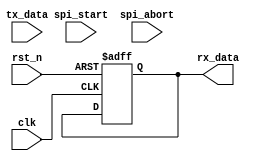
module spi_master (
    input wire clk,
    input wire rst_n,
    input wire spi_start,
    input wire spi_abort,
    input wire [7:0] tx_data,
    output reg [7:0] rx_data
);

// State definitions
parameter IDLE = 2'b00;
parameter TRANSMIT = 2'b01;
parameter RECEIVE = 2'b10;
reg [1:0] state = IDLE;

// Data buffering
reg [7:0] tx_buffer = 8'b0;
reg [7:0] rx_buffer = 8'b0;

// Control signals
reg spi_busy = 1'b0;

always @(posedge clk or negedge rst_n) begin
    if (~rst_n) begin
        state <= IDLE;
        spi_busy <= 1'b0;
        tx_buffer <= 8'b0;
        rx_buffer <= 8'b0;
        rx_data <= 8'b0;
    end else begin
        case (state)
            IDLE: begin
                if (spi_start) begin
                    state <= TRANSMIT;
                    tx_buffer <= tx_data;
                    spi_busy <= 1'b1;
                end
            end
            TRANSMIT: begin
                if (spi_abort) begin
                    state <= IDLE;
                    spi_busy <= 1'b0;
                end else begin
                    // Transmit data here
                    state <= RECEIVE;
                end
            end
            RECEIVE: begin
                // Receive data here
                state <= IDLE;
                spi_busy <= 1'b0;
            end
        endcase
    end
end

endmodule